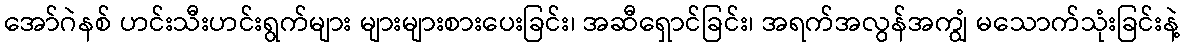
အော်ဂဲနစ် ဟင်းသီးဟင်းရွက်များ များများစားပေးခြင်း၊ အဆီရှောင်ခြင်း၊ အရက်အလွန်အကျွံ မသောက်သုံးခြင်းနဲ့